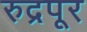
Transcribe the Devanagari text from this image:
रुद्रपूर